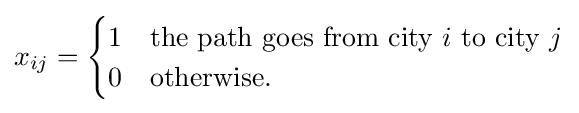
x_{ij}={\begin{cases}1&{\text{the path goes from city }}i{\text{ to city }}j\\0&{\text{otherwise.}}\end{cases}}